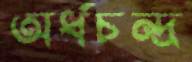
অর্ধচন্দ্র